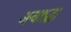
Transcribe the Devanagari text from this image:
अन्धश्रद्धा